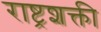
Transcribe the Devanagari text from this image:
राष्ट्रशक्ती